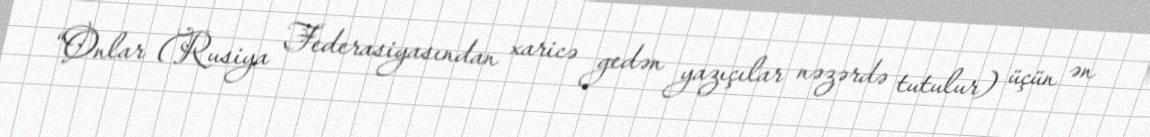
“Onlar (Rusiya Federasiyasından xaricə gedən yazıçılar nəzərdə tutulur) üçün ən